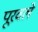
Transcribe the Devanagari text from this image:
पूरवले